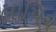
લાપિચ